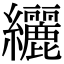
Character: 纚